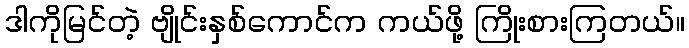
ဒါကိုမြင်တဲ့ ဗျိုင်းနှစ်ကောင်က ကယ်ဖို့ ကြိုးစားကြတယ်။